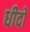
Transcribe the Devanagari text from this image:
धीदो